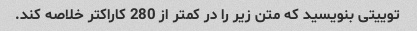
توییتی بنویسید که متن زیر را در کمتر از 280 کاراکتر خلاصه کند.